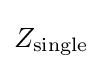
Z_{\text{single}}